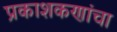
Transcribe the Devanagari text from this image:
प्रकाशकणांचा